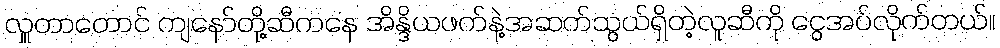
လှူတာတောင် ကျနော်တို့ဆီကနေ အိန္ဒိယဖက်နဲ့အဆက်သွယ်ရှိတဲ့လူဆီကို ငွေအပ်လိုက်တယ်။